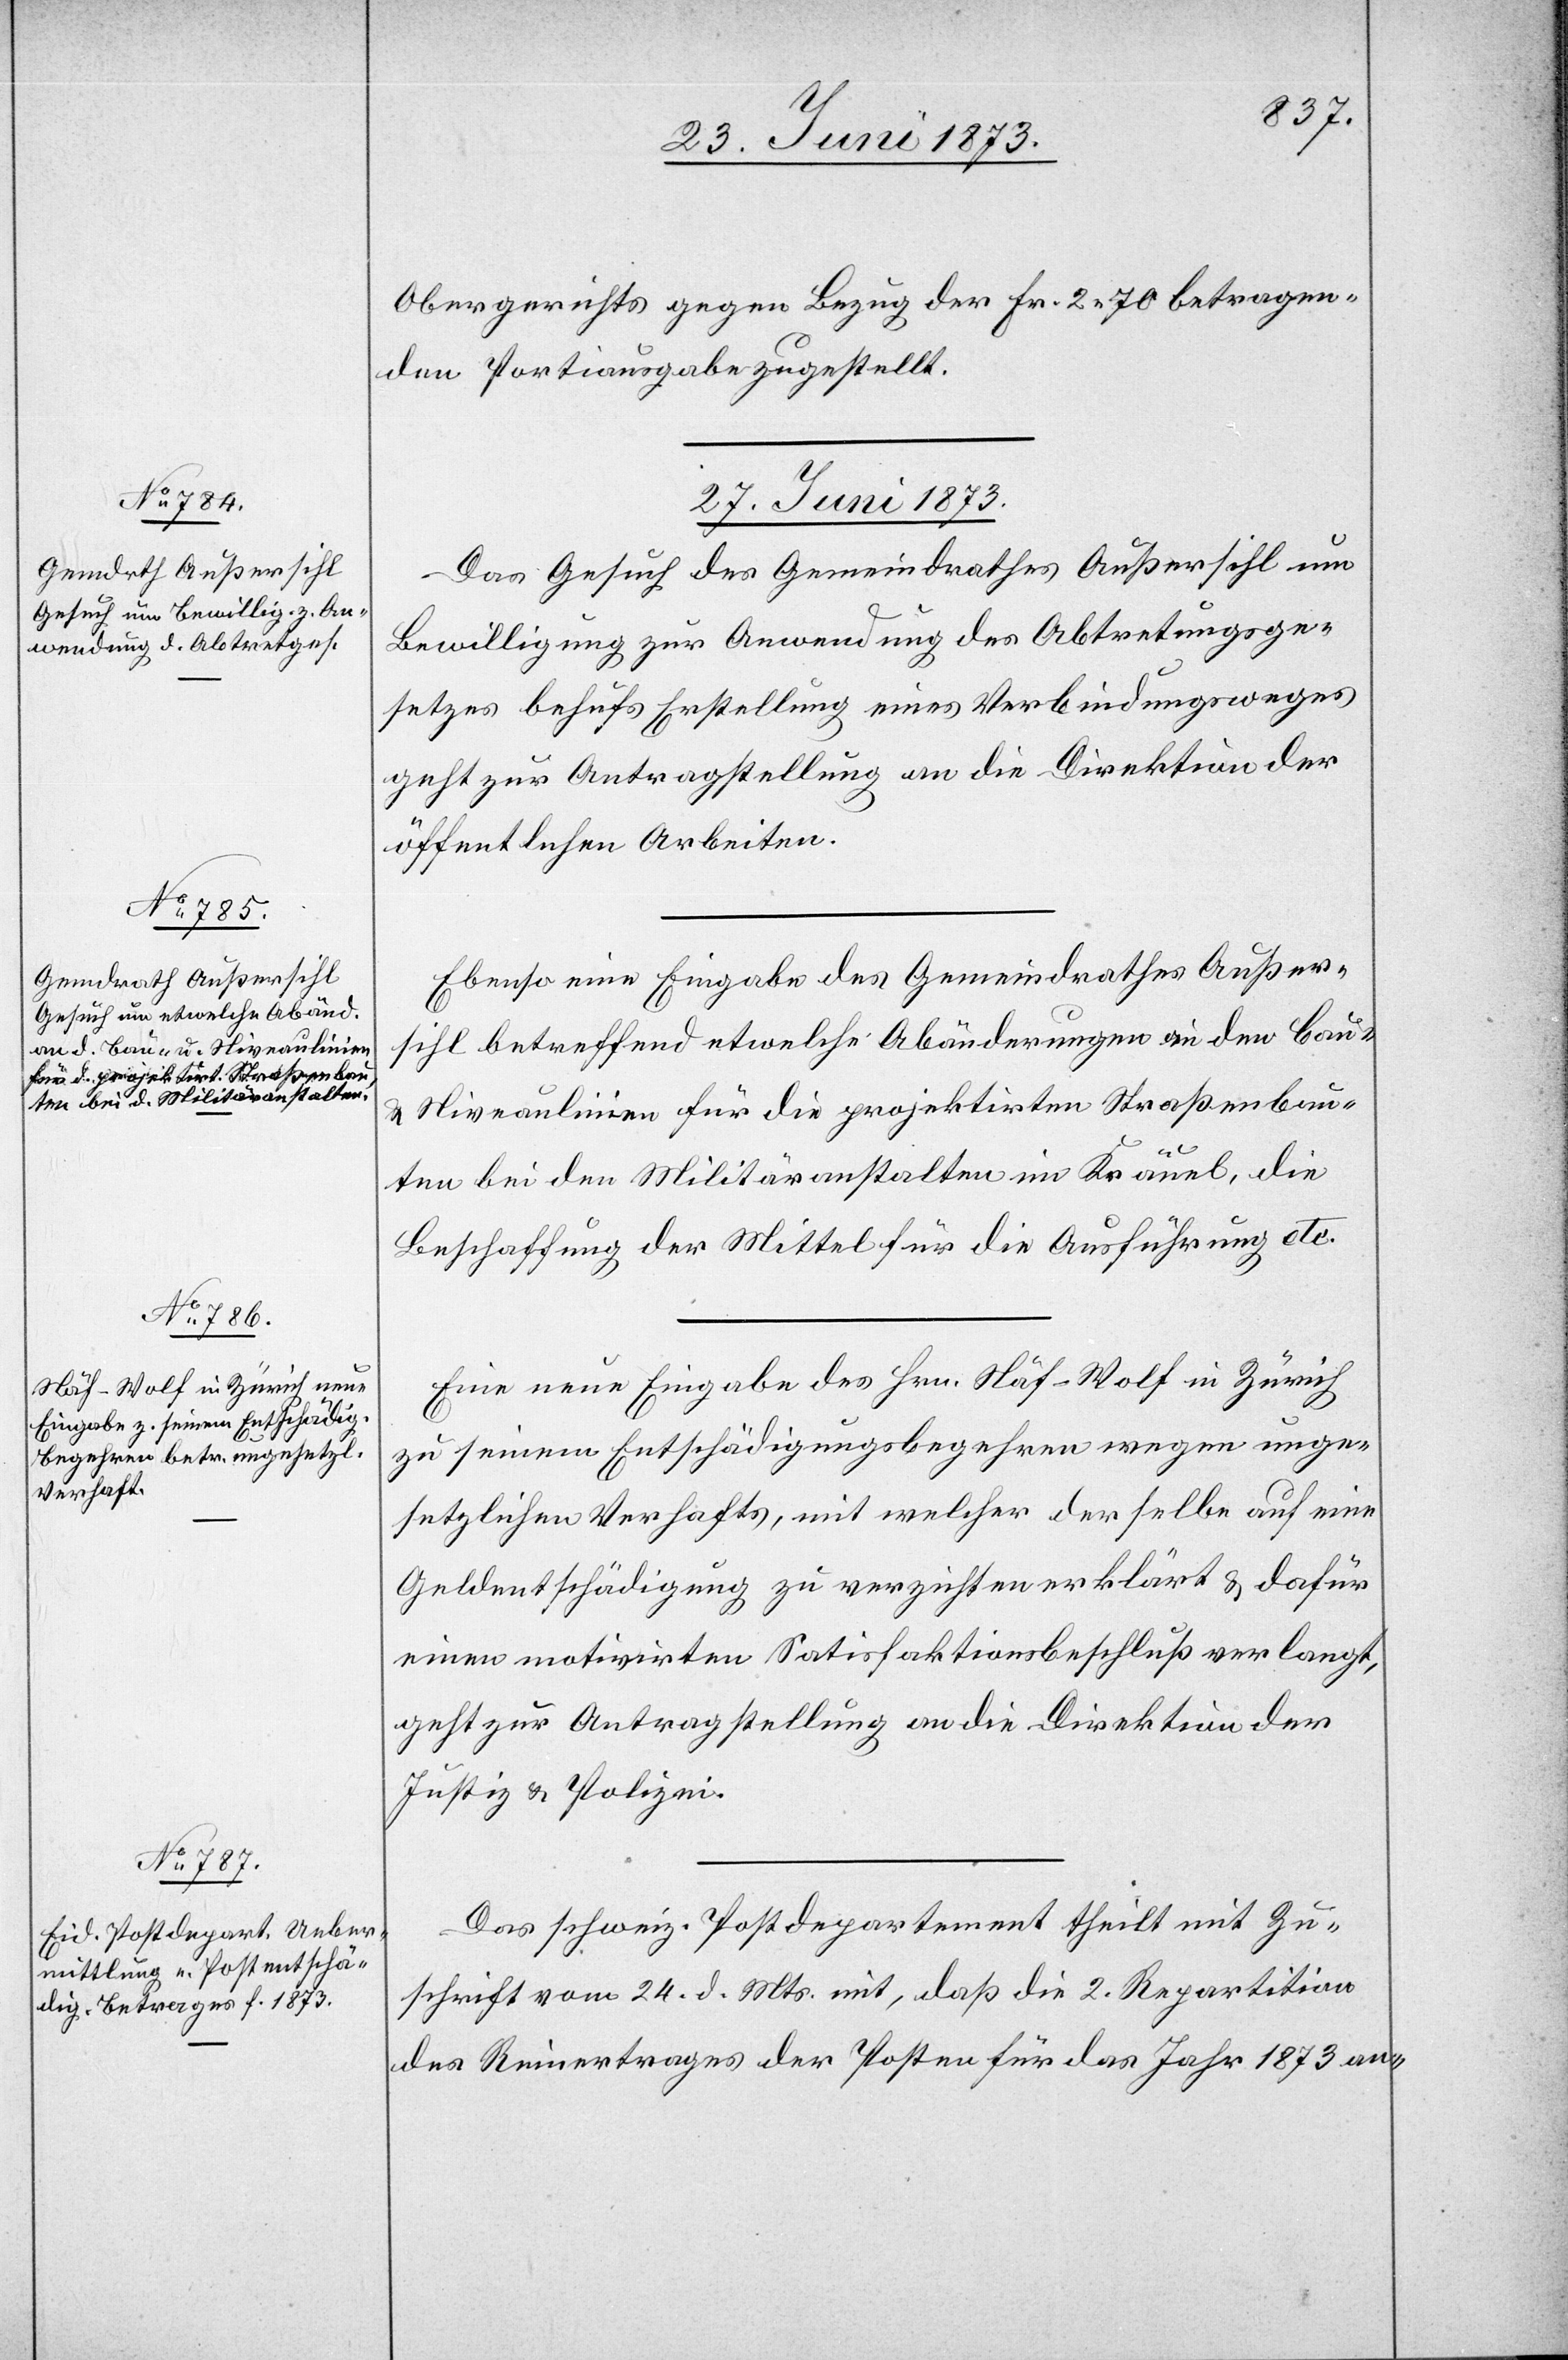
Obergerichts gegen Bezug der Fr. 2 70 betragen¬
den Portiausgabe zugestellt.
27. Juni 1873.]
Das Gesuch des Gemeindrathes Außersihl um
Bewilligung zur Anwendung des Abtretungsge¬
setzes behufs Erstellung eines Verbindungsweges
geht zur Antragstellung an die Direktion der
öffentlichen Arbeiten.
Ebenso eine Eingabe des Gemeindrathes Außer¬
sihl betreffend etwelche Abänderungen an den Bau-
& Niveaulinien für die projektirten Straßenbau¬
ten bei den Militäranstalten im Kräuel, die
Beschaffung der Mittel für die Ausführung etc.
Eine neue Eingabe des Hrn. Näf-Wolf in Zürich
zu seinem Entschädigungsbegehren wegen unge¬
setzlichen Verhafts, mit welcher der selbe auf eine
Geldentschädigung zu verzichten erklärt & dafür
einen motivirten Satisfaktionsbeschluß verlangt,
geht zur Antragstellung an die Direktion der
Justiz & Polizei.
Das schweiz. Postdepartement theilt mit Zu¬
schrift vom 24. d. Mts. mit, daß die 2. Repartition
des Reinertrages der Posten für das Jahr 1873 an-